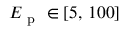
E _ { \mathrm { ~ p ~ } } \in [ 5 , \, 1 0 0 ]